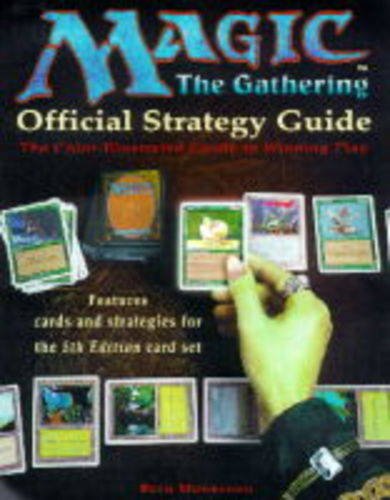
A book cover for Magic - the Gathering: Official Strategy Guide - The Colour-illustrated Guide to Winning Play; Beth Moursund; Science Fiction & Fantasy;